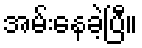
အမ်းနေခဲ့ပြီ။